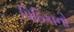
પિઠિકાનો